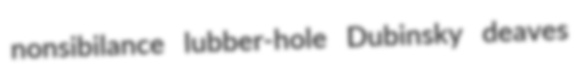
nonsibilance lubber-hole Dubinsky deaves